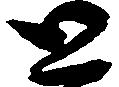
と